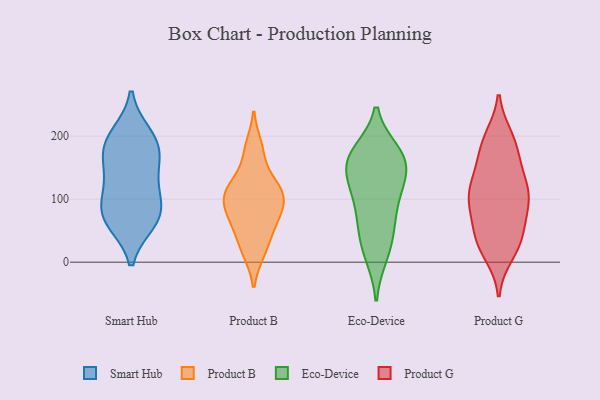
{"axis": {"x": "Population (Million)", "y": "Value"}, "legend": ["Eco-Device", "Product B", "Product G", "Smart Hub"], "data": [{"x": "", "y": 200, "type": "Smart Hub"}, {"x": "", "y": 66, "type": "Smart Hub"}, {"x": "", "y": 72, "type": "Smart Hub"}, {"x": "", "y": 187, "type": "Smart Hub"}, {"x": "", "y": 168, "type": "Smart Hub"}, {"x": "", "y": 123, "type": "Smart Hub"}, {"x": "", "y": 184, "type": "Smart Hub"}, {"x": "", "y": 132, "type": "Smart Hub"}, {"x": "", "y": 80, "type": "Smart Hub"}, {"x": "", "y": 78, "type": "Smart Hub"}, {"x": "", "y": 47, "type": "Product B"}, {"x": "", "y": 58, "type": "Product B"}, {"x": "", "y": 130, "type": "Product B"}, {"x": "", "y": 82, "type": "Product B"}, {"x": "", "y": 96, "type": "Product B"}, {"x": "", "y": 184, "type": "Product B"}, {"x": "", "y": 110, "type": "Product B"}, {"x": "", "y": 87, "type": "Product B"}, {"x": "", "y": 67, "type": "Product B"}, {"x": "", "y": 115, "type": "Product B"}, {"x": "", "y": 174, "type": "Product B"}, {"x": "", "y": 122, "type": "Product B"}, {"x": "", "y": 104, "type": "Product B"}, {"x": "", "y": 18, "type": "Product B"}, {"x": "", "y": 16, "type": "Product B"}, {"x": "", "y": 70, "type": "Eco-Device"}, {"x": "", "y": 57, "type": "Eco-Device"}, {"x": "", "y": 175, "type": "Eco-Device"}, {"x": "", "y": 167, "type": "Eco-Device"}, {"x": "", "y": 111, "type": "Eco-Device"}, {"x": "", "y": 156, "type": "Eco-Device"}, {"x": "", "y": 16, "type": "Eco-Device"}, {"x": "", "y": 172, "type": "Eco-Device"}, {"x": "", "y": 143, "type": "Eco-Device"}, {"x": "", "y": 108, "type": "Eco-Device"}, {"x": "", "y": 50, "type": "Eco-Device"}, {"x": "", "y": 112, "type": "Eco-Device"}, {"x": "", "y": 169, "type": "Eco-Device"}, {"x": "", "y": 144, "type": "Eco-Device"}, {"x": "", "y": 10, "type": "Eco-Device"}, {"x": "", "y": 40, "type": "Product G"}, {"x": "", "y": 79, "type": "Product G"}, {"x": "", "y": 30, "type": "Product G"}, {"x": "", "y": 188, "type": "Product G"}, {"x": "", "y": 128, "type": "Product G"}, {"x": "", "y": 133, "type": "Product G"}, {"x": "", "y": 109, "type": "Product G"}, {"x": "", "y": 31, "type": "Product G"}, {"x": "", "y": 193, "type": "Product G"}, {"x": "", "y": 93, "type": "Product G"}, {"x": "", "y": 157, "type": "Product G"}, {"x": "", "y": 175, "type": "Product G"}, {"x": "", "y": 53, "type": "Product G"}, {"x": "", "y": 103, "type": "Product G"}, {"x": "", "y": 98, "type": "Product G"}, {"x": "", "y": 14, "type": "Product G"}, {"x": "", "y": 121, "type": "Product G"}, {"x": "", "y": 31, "type": "Product G"}, {"x": "", "y": 197, "type": "Product G"}, {"x": "", "y": 93, "type": "Product G"}]}